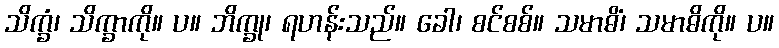
သိက္ခံ၊ သိက္ခာကို။ ပ။ ဘိက္ခု၊ ရဟန်းသည်။ ခေါ၊ စင်စစ်။ သမာဓိံ၊ သမာဓိကို။ ပ။